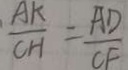
\frac { A K } { C H } = \frac { A D } { C F }